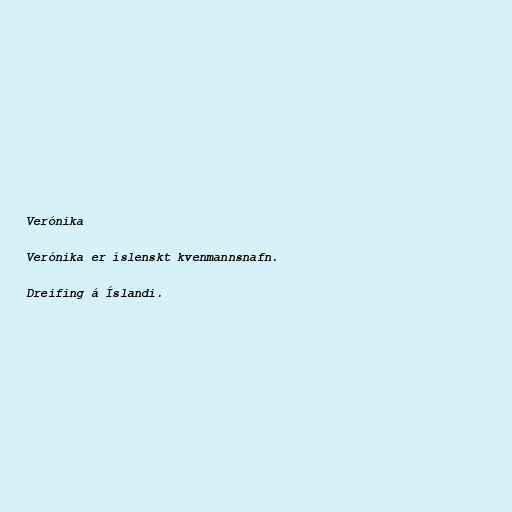
Verónika

Verónika er íslenskt kvenmannsnafn.

Dreifing á Íslandi.